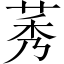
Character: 莠